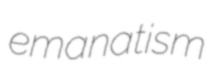
emanatism